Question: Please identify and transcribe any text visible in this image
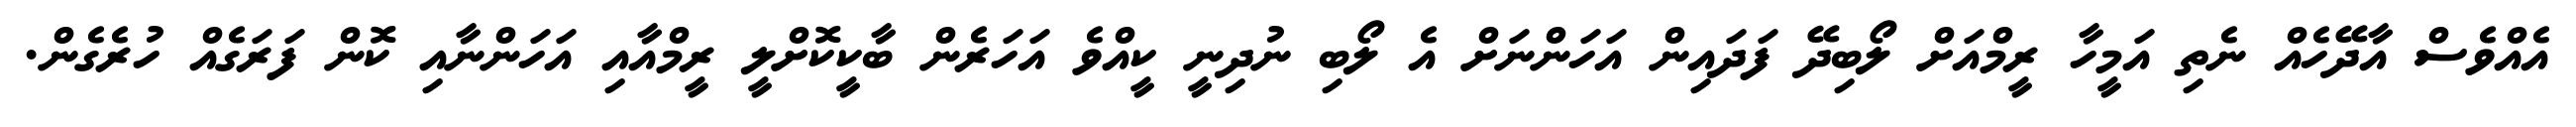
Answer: އެއްވެސް އާދޭހެއް ނެތި އަމީހާ ރީމްއަށް ލޯބިދޭ ފަދައިން އަހަންނަށް އެ ލޯބި ނުދިނީ ކީއްވެ އަހަރެން ބާކީކޮށްލީ ރީމްއާއި އަހަންނާއި ކޮން ފަރަގެއް ހުރެގެން.